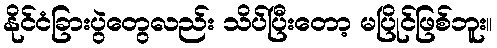
နိုင်ငံခြားပွဲတွေလည်း သိပ်ပြီးတော့ မပြိုင်ဖြစ်ဘူး။